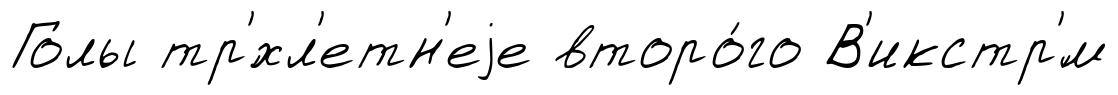
Голы тр'́хл'етн'еjе второ́го В'икстр'́м